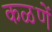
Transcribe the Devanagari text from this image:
कळणें